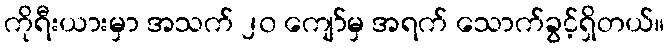
ကိုရီးယားမှာ အသက် ၂၀ ကျော်မှ အရက် သောက်ခွင့်ရှိတယ်။